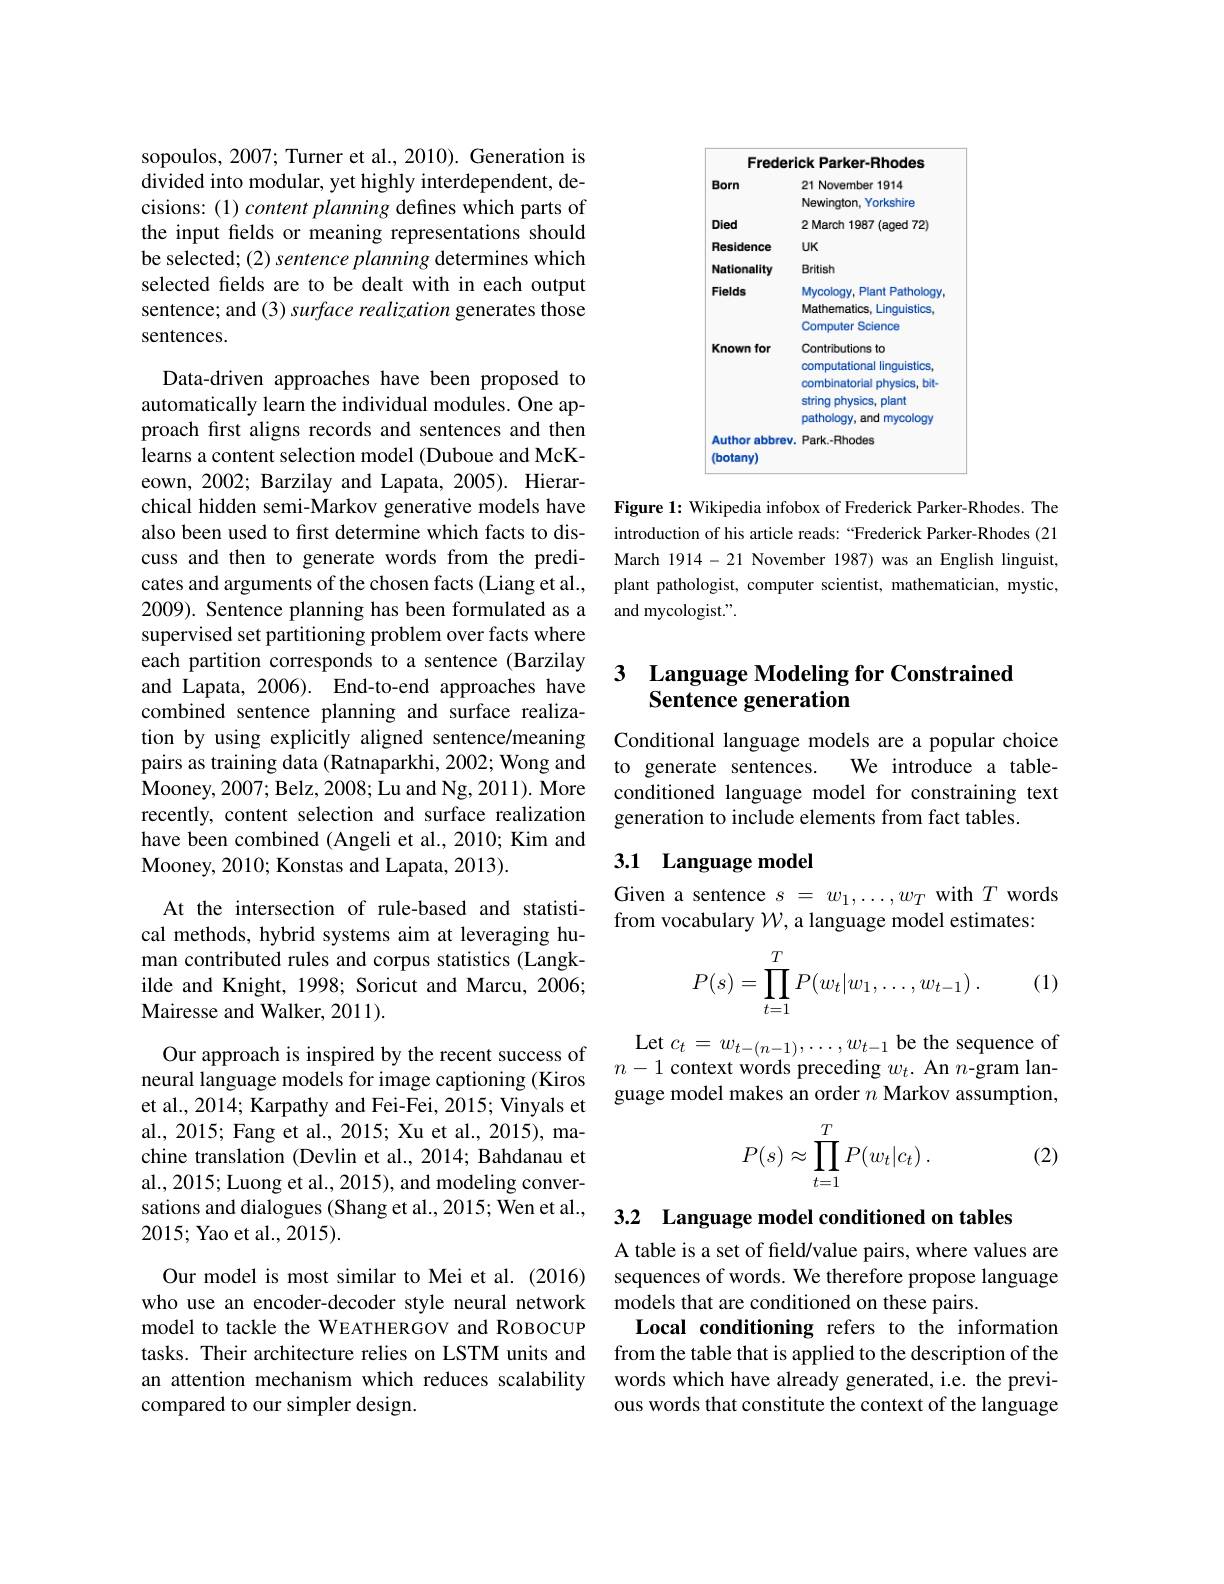
sopoulos, 2007; Turner et al., 2010). Generation is divided into modular, yet highly interdependent, decisions: (1) content planning defines which parts of the input felds or meaning representations should be selected; (2) sentence planning determines which selected felds are to be dealt with in each output sentence; and (3) surface realization generates those sentences.

Data-driven approaches have been proposed to automatically learn the individual modules. One approach first aligns records and sentences and then learns a content selection model (Duboue and McKeown, 2002; Barzilay and Lapata, 2005). Hierarchical hidden semi-Markov generative models have also been used to first determine which facts to discuss and then to generate words from the predicates and arguments of the chosen facts (Liang et al., 2009). Sentence planning has been formulated as a supervised set partitioning problem over facts where each partition corresponds to a sentence (Barzilay and Lapata, 2006). End-to-end approaches have combined sentence planning and surface realization by using explicitly aligned sentence/meaning pairs as training data (Ratnaparkhi, 2002; Wong and Mooney, 2007; Belz, 2008; Lu and Ng, 201 1) . More recently, content selection and surface realization have been combined (Angeli et al., 2010; Kim and Mooney, 2010; Konstas and Lapata, 2013).

At the intersection of rule-based and statistical methods, hybrid systems aim at leveraging human contributed rules and corpus statistics (Langkilde and Knight, 1998; Soricut and Marcu, 2006; Mairesse and Walker, 2011).

et al., 2014; Karpathy and Fei-Fei, 2015; Vinyals et al., 2015; Fang et al., 2015; Xu et al., 2015), machine translation (Devlin et al., 2014; Bahdanau et al., 2015; Luong et al., 2015), and modeling conversations and dialogues (Shang et al., 2015; Wen et al., 2015; Yao et al., 2015).

Our model is most similar to Mei et al. (2016) who use an encoder-decoder style neural network model to tackle the WEATHERGOV and ROBOCUP tasks. Their architecture relies on LSTM units and an attention mechanism which reduces scalability compared to our simpler design.

<table>
	<tbody>
		<tr>
			<th>Frederi</th>
			<th>ick Parker-Rhodes</th>
		</tr>
		<tr>
			<td>Born</td>
			<td>21 November 1914 Newington, Yorkshire</td>
		</tr>
		<tr>
			<td>Died</td>
			<td>2 March 1987 (aged 72)</td>
		</tr>
		<tr>
			<td>Residence</td>
			<td>$UK$</td>
		</tr>
		<tr>
			<td>Nationality</td>
			<td>British</td>
		</tr>
		<tr>
			<td>Known for Author abbrev. (botany)</td>
			<td>Contributions 3to computational linguistics, combinatorial p physics, bit- string physics, plant pathology, and mycology Park.-Rhodes</td>
		</tr>
	</tbody>
</table>

Figure 1: Wikipedia infobox of Frederick Parker-Rhodes. The introduction of his article reads: “Frederick Parker-Rhodes(21 March 1914-21 November 1987) was an English linguist, plant pathologist, computer scientist, mathematician, mystic, and mycologist.".

## 3 Language Modeling for Constrained Sentence generation

Conditional language models are a popular choice to generate sentences. We introduce a tableconditioned language model for constraining text generation to include elements from fact tables.

## 3.1 Language model

Given a sentence $s=w_1,\ldots,w_T$ with $T$ words
from vocabulary $\mathcal{W}$, a language model estimates:
$$P(s)=\prod\limits_{t=1}^TP(w_t|w_1,\dots,w_{t-1})\:.$$
(1)

$\begin{array}{ccc}\text{Our approach is inspired by the recent success of}&\text{Let }c_{t}=w_{t-(n-1)},\ldots,w_{t-1}\text{ be the sequence of}\\\text{neural language models for image captioning (Kiros}&n-1\text{ context words preceding }w_{t}.\text{ An }n\text{-gram lan-}\\\text{guage model makes an order }n\text{}\end{array}$
$$P(s)\approx\prod_{t=1}^TP(w_t|c_t)\:.$$
(2)

3.2 Language model conditioned on tables

A table is a set of feld/value pairs, where values are sequences of words. We therefore propose language models that are conditioned on these pairs.
Local conditioning refers to the information from the table that is applied to the description of the words which have already generated, i.e. the previous words that constitute the context of the language